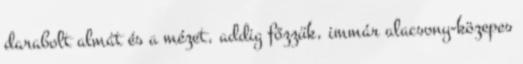
darabolt almát és a mézet, addig főzzük, immár alacsony-közepes